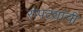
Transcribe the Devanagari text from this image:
रोपट्यांची